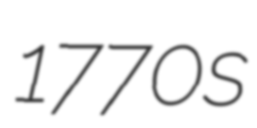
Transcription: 1770s